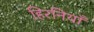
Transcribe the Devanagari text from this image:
हिरनियाँ